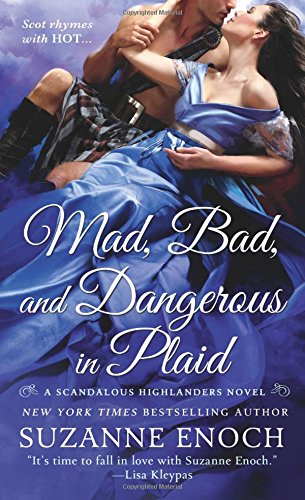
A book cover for Mad, Bad, and Dangerous in Plaid: A Scandalous Highlanders Novel; Suzanne Enoch; Romance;